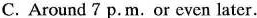
C. Around 7 p. M. or even later.